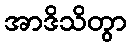
အာဒိသိတွာ